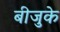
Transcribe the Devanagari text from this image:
बीजुके